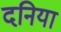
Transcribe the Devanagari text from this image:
दनिया